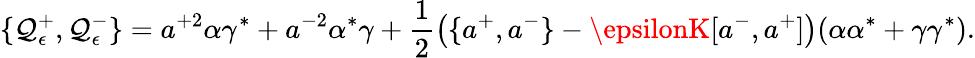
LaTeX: \{ \mathcal{Q}_{\epsilon}^{+},\mathcal{Q}_{\epsilon}^{-}\} =a^{+2}\alpha\gamma^{*}+a^{-2}\alpha^{*}\gamma+\frac{{1}}{{2}}\left(\{ a^{+},a^{-}\} -\epsilonK[a^{-},a^{+}]\right)(\alpha\alpha^{*}+\gamma\gamma^{*}).